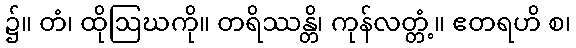
၌။ တံ၊ ထိုဩဃကို။ တရိဿန္တိ၊ ကုန်လတ္တံ့။ ဧတရဟိ စ၊